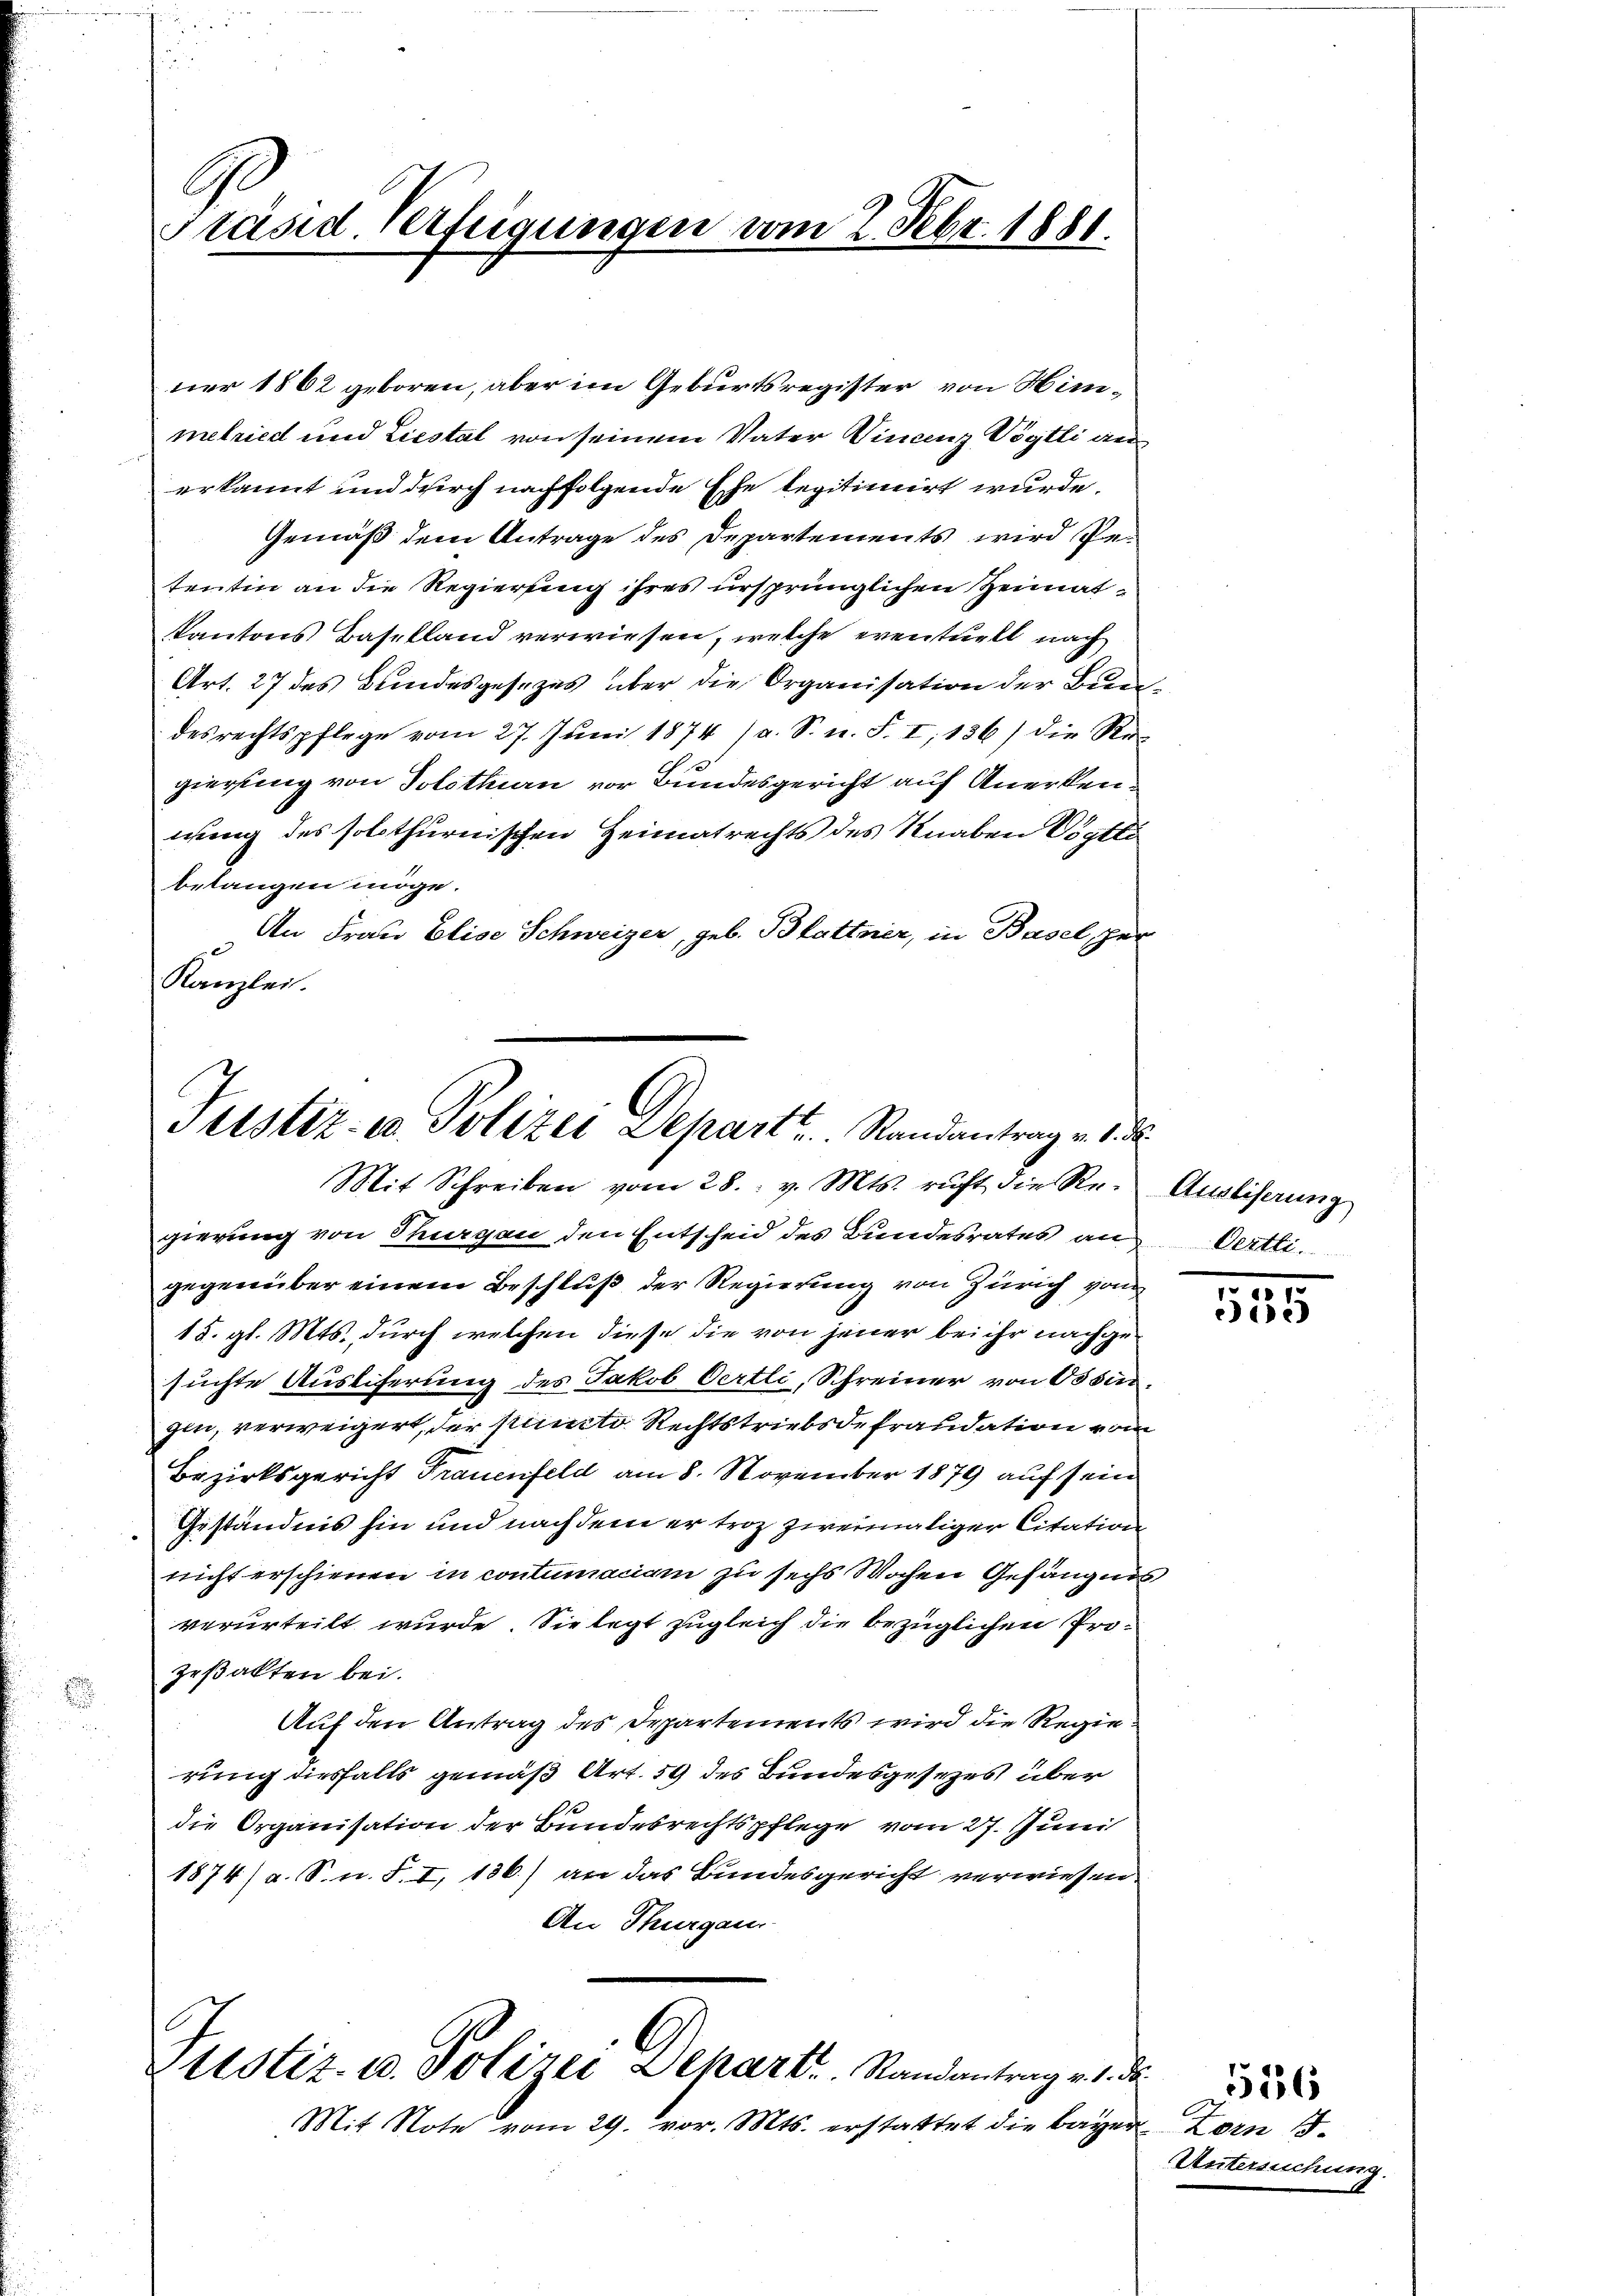
C
Präsid. Verfügungen vom 2. Febr. 1881.

ner 1862 geboren, aber im Geburtsregister von Himmelried und Liestal von seinem Vater Vincenz Vögtli ans
erkannt und durch nachfolgende Ehe legitimirt wurde.
Gemäß dem Antrage des Departements wird Petentin an die Regierung ihres ursprünglichen Heimatkantons Baselland verwiesen, welche eventuell nach
Art. 27 des Bundesgesezes über die Organisation der Bun
desrechtspflege vom 27. Jŭni 1874 (a. S. n. F. I 136) die Re

gierung von Solothurn vor Bundesgericht auf Anerkennung des solothurnischen Heimatrechts des Knaben Vögtli
belangen möge.
An Frau Elise Schweizer, geb. Blattner, in Basel per
Kanzlei.

Justiz- u. Polizei Departe. Standantrage d
Mit Schreiben vom 28. v. Mts. ruft die Re- Ausliserung

gierung von Thurgau den Entscheid des Bundesrates an Oertli.
gegenüber einem Beschluß der Regierung von Zürich von
15. gl. Mts. durch welchen diese die von jener bei ihr nachgesuchte Ausliferung des Jakob Oertli, Schreiner von Ossin.
gin, verweigert, der puncto Rechtstriebsdefraudation vom
Bezirksgericht Frauenfeld am 8. November 1879 auf sein
Geständnis hin und nachdem er troz zweimaliger Citation
nicht erschienen in contumaciam zu sechs Wochen Gefängnis
verurteilt wurde. Sie legt zugleich die bezüglichen Prozeßakten bei.
d
Auf den Antrag des Departements wird die Regie
e
rung diesfalls gemäß Art. 59 des Bundesgesezes über
die Organisation der Bundesrechtspflege vom 27. Juni
1874/ a. S. n. F. I, 136) an das Bundesgericht verwiesen
An Thurgau
ttstiz- u. Polizei Dekart. Randantrag v. 1. ds.
Mit Note vom 29. vor. Mts. erstattet die bayer Zorn 15.

1
155

Untersuchen

556